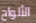
الألواح